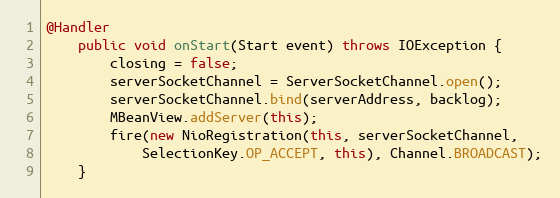
Language: Java
@Handler
    public void onStart(Start event) throws IOException {
        closing = false;
        serverSocketChannel = ServerSocketChannel.open();
        serverSocketChannel.bind(serverAddress, backlog);
        MBeanView.addServer(this);
        fire(new NioRegistration(this, serverSocketChannel,
            SelectionKey.OP_ACCEPT, this), Channel.BROADCAST);
    }